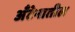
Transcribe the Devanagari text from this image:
अँटेनातील